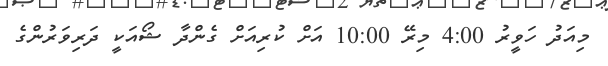
މިއަދު ހަވީރު 4:00 މިރޭ 10:00 އަށް ކުރިއަށް ގެންދާ ޝޯއަކީ ދަރިވަރުންގެ